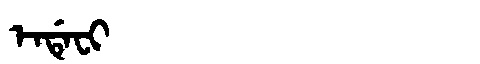
Manchu: ᡝᠨᡩᡝᠸᡳ
Romanization: ENDEFI